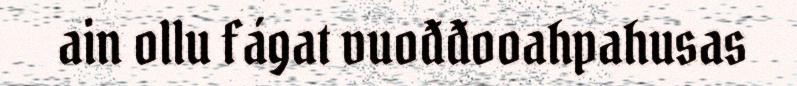
ain ollu fágat vuođđooahpahusas